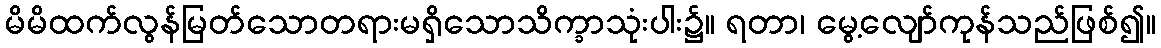
မိမိထက်လွန်မြတ်သောတရားမရှိသောသိက္ခာသုံးပါး၌။ ရတာ၊ မွေ့လျော်ကုန်သည်ဖြစ်၍။